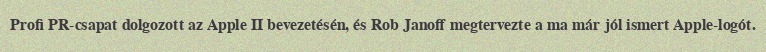
Profi PR-csapat dolgozott az Apple II bevezetésén, és Rob Janoff megtervezte a ma már jól ismert Apple-logót.